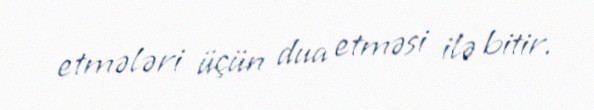
etmələri üçün dua etməsi ilə bitir.